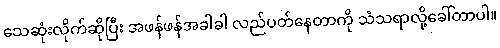
သေဆုံးလိုက်ဆိုပြီး အဖန်ဖန်အခါခါ လည်ပတ်နေတာကို သံသရာလို့ခေါ်တာပါ။